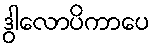
ဒွါလောပိကာပေ